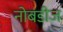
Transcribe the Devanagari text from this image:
नोबडीज